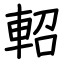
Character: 軺